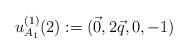
\begin{align*}u^{(1)}_{A_1}(2): = (\vec 0,2\vec q,0,-1)\end{align*}